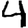
Digit: 4